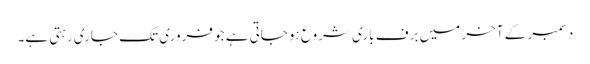
دسمبر کے آخر میں برف باری شروع ہوجاتی ہے جو فروری تک جاری رہتی ہے۔